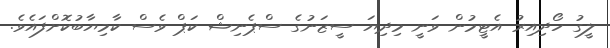
ލީގު ހޯދިއިރު އެޓީމުން ވަނީ މިދިޔަ ސީޒަނުގެ ސްޕެނިޝް ކަޕް ވެސް ކާމިޔާބުކޮށްފައެވެ.